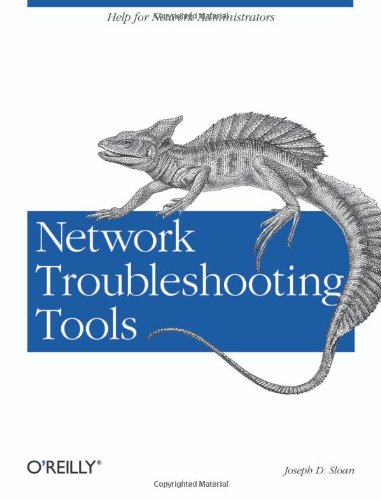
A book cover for Network Troubleshooting Tools (O'Reilly System Administration); Joseph D Sloan; Computers & Technology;